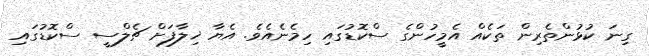
ގިނަ ކުޅުންތެރިން ތަކެއް އެމީހުންގެ ސްކޮޑުގައި ހިމެނެއެވެ. އެޔާ ޚިލާފަށް ޗެލްސީ ސްކޮޑުގައި